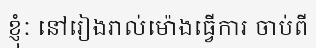
ខ្ញុំៈ នៅរៀងរាល់ម៉ោងធ្វើការ ចាប់ពី